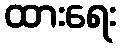
ထားရေး